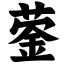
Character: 蓥